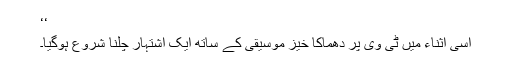
‘‘
اسی اثناء میں ٹی وی پر دھماکا خیز موسیقی کے ساتھ ایک اشتہار چلنا شروع ہوگیا۔